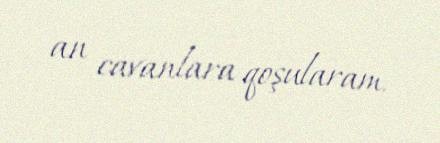
an cavanlara qoşularam.